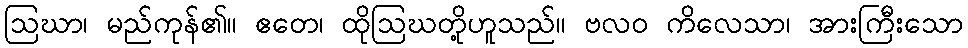
ဩဃာ၊ မည်ကုန်၏။ ဧတေ၊ ထိုဩဃတို့ဟူသည်။ ဗလဝ ကိလေသာ၊ အားကြီးသော